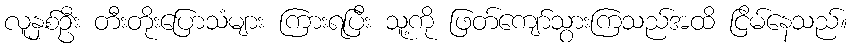
လူနှစ်ဦး တီးတိုးပြောသံများ ကြားရပြီး သူ့ကို ဖြတ်ကျော်သွားကြသည်အထိ ငြိမ်နေသည်။